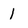
Character: 1